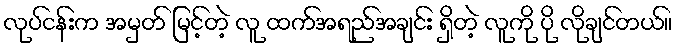
လုပ်ငန်းက အမှတ် မြင့်တဲ့ လူ ထက်အရည်အချင်း ရှိတဲ့ လူကို ပို လိုချင်တယ်။